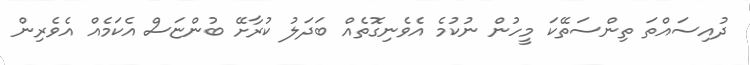
ދުއިސައްތަ ތިންސަތޭކަ މީހުން ނުކުމެ އެވެނިގޮތެއް ބަދަލު ކުރާށޭ ބުންޏަސް އެކަމެއް އެވެރިން